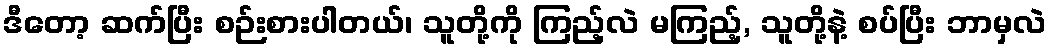
ဒီတော့ ဆက်ပြီး စဉ်းစားပါတယ်၊ သူတို့ကို ကြည့်လဲ မကြည့်, သူတို့နဲ့ စပ်ပြီး ဘာမှလဲ